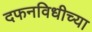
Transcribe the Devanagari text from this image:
दफनविधीच्या